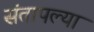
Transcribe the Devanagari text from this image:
संतापल्या